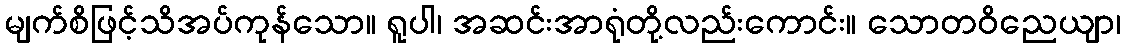
မျက်စိဖြင့်သိအပ်ကုန်သော။ ရူပါ၊ အဆင်းအာရုံတို့လည်းကောင်း။ သောတဝိညေယျာ၊